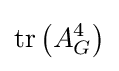
\operatorname {tr} \left(A_{G}^{4}\right)